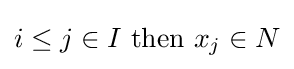
i\leq j\in I{\text{ then }}x_{j}\in N